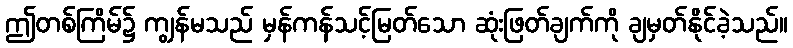
ဤတစ်ကြိမ်၌ ကျွန်မသည် မှန်ကန်သင့်မြတ်သော ဆုံးဖြတ်ချက်ကို ချမှတ်နိုင်ခဲ့သည်။